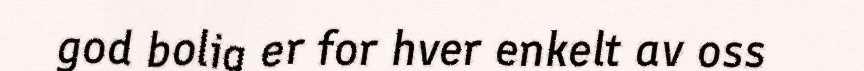
god bolig er for hver enkelt av oss